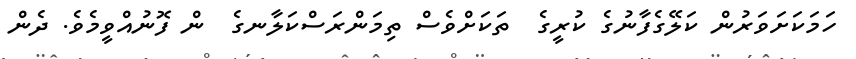
ހަމަކަށަވަރުން ކަލޭގެފާނުގެ ކުރީގެ  ތަކަށްވެސް ތިމަންރަސްކަލާނގެ  ން ފޮނުއްވީމެވެ. ދެން